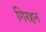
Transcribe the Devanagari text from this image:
गिरहन